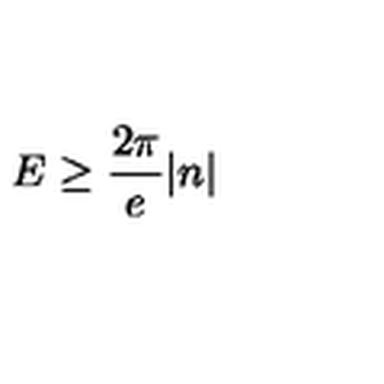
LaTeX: E \geq \frac { 2 \pi } { e } \vert n \vert